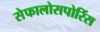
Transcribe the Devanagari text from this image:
सेफालोसपोरिंस